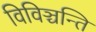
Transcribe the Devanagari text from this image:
विविञ्चन्ति